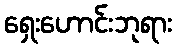
ရှေးဟောင်းဘုရား